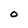
Character: 0